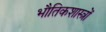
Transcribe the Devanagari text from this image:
भौतिकशास्त्रों